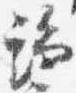
端